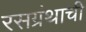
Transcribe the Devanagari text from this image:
रसग्रंथाची